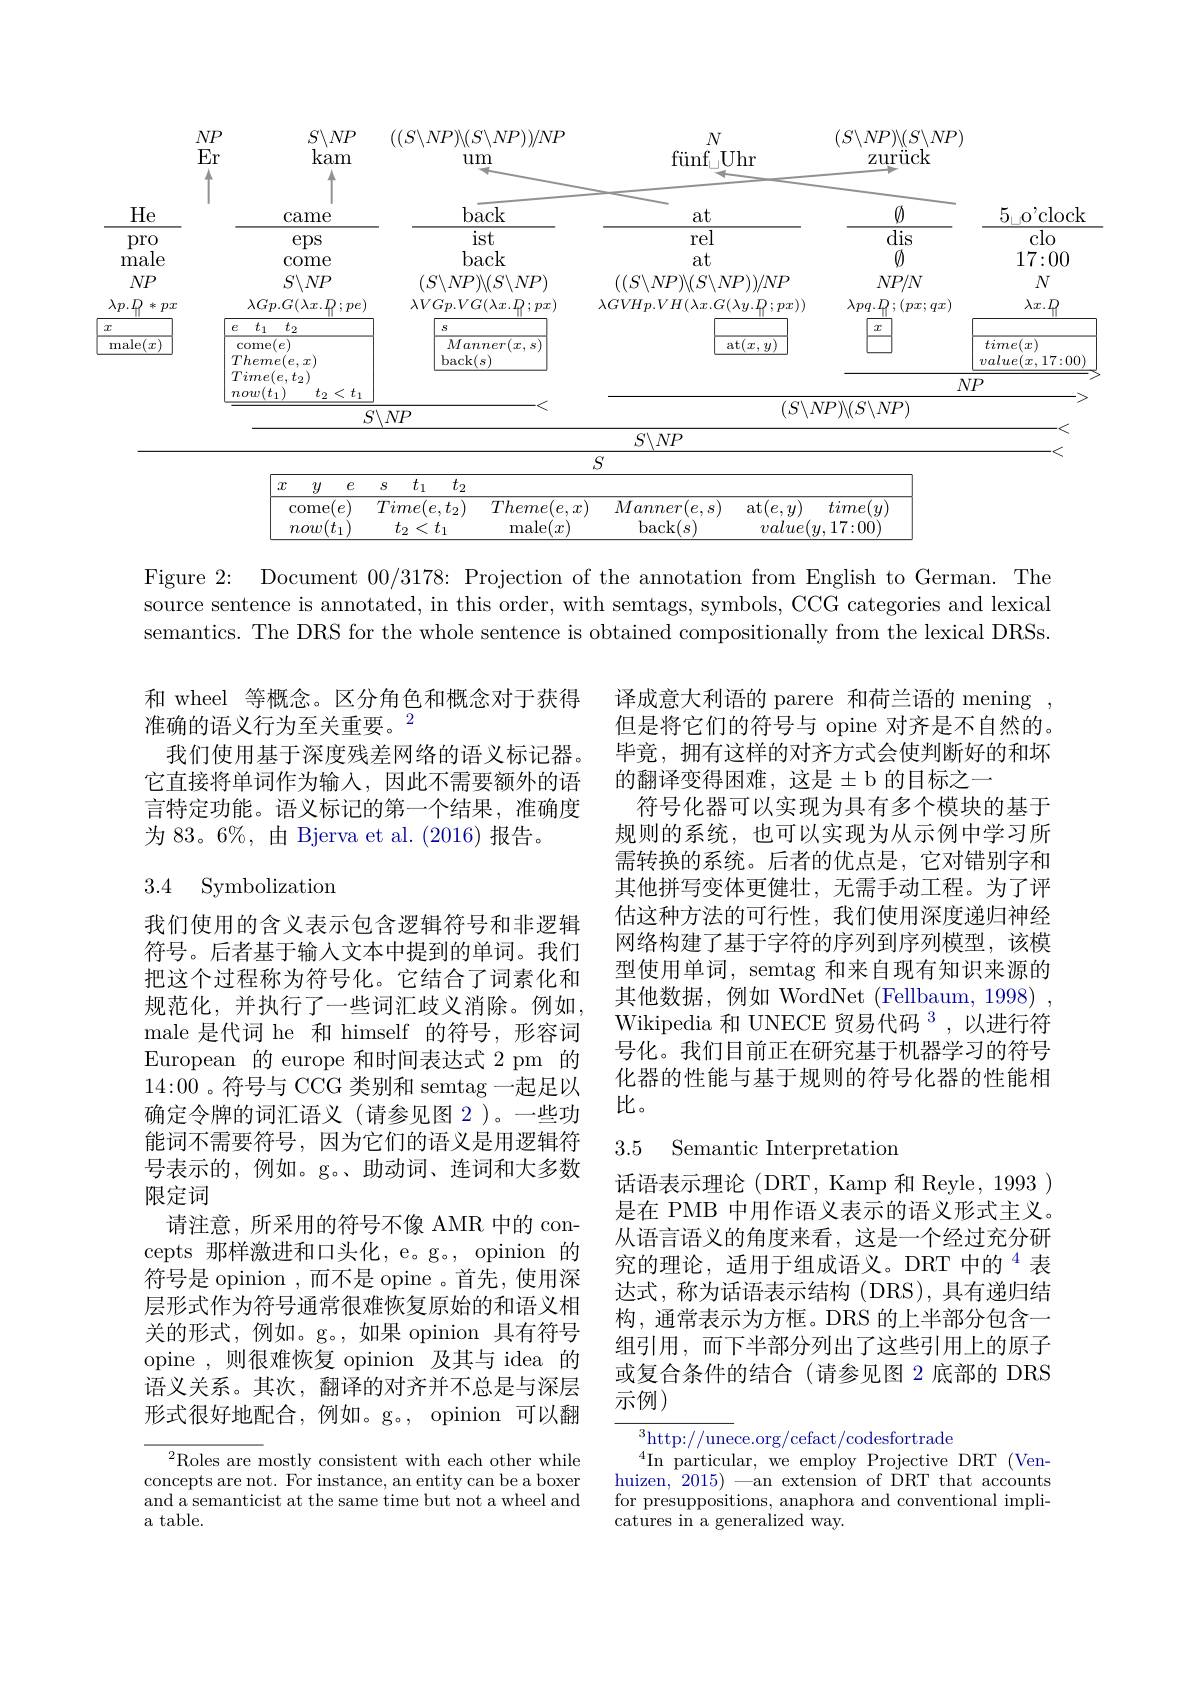
<FigureHere>

Figure 2: Document 00/3178: Projection of the annotation from English to German.The source sentence is annotated, in this order, with semtags, symbols, CCG categories and lexical semantics. The DRS for the whole sentence is obtained compositionally from the lexical DRSs.

和 wheel 等概念。区分角色和概念对于获得
准确的语义行为至关重要。$^{2}$
我们使用基于深度残差网络的语义标记器。它直接将单词作为输入，因此不需要额外的语言特定功能。语义标记的第一个结果，准确度为 83。6%, 由 Bjerva et al. (2016)报告。

## 3.4 Symbolization

译成意大利语的 parere 和荷兰语的 mening 但是将它们的符号与 opine 对齐是不自然的。毕竟，拥有这样的对齐方式会使判断好的和坏的翻译变得困难，这是$\pm$b 的目标之一
符号化器可以实现为具有多个模块的基于规则的系统，也可以实现为从示例中学习所需转换的系统。后者的优点是，它对错别字和其他拼写变体更健壮，无需手动工程。为了评估这种方法的可行性，我们使用深度递归神经网络构建了基于字符的序列到序列模型，该模型使用单词，semtag 和来自现有知识来源的其他数据，例如 WordNet (Fellbaum, 1998) , Wikipedia 和 UNECE 贸易代码 $^{3}$,以进行符号化。我们目前正在研究基于机器学习的符号化器的性能与基于规则的符号化器的性能相比。

### 3.5 Semantic Interpretatior

我们使用的含义表示包含逻辑符号和非逻辑符号。后者基于输入文本中提到的单词。我们把这个过程称为符号化。它结合了词素化和规范化，并执行了一些词汇歧义消除。例如， male 是代词 he 和 himself 的符号，形容词European 的 europe 和时间表达式 2 pm 的14{:}00 。符号与 CCG 类别和 semtag 一起足以确定令牌的词汇语义(请参见图 2)。一些功能词不需要符号，因为它们的语义是用逻辑符号表示的，例如。g。、助动词、连词和大多数限定词
请注意，所采用的符号不像 AMR 中的 concepts 那样激进和口头化，e。g。, opinion 的符号是 opinion , 而不是 opine 。首先，使用深层形式作为符号通常很难恢复原始的和语义相关的形式，例如。g。,如果 opinion 具有符号opine ,则很难恢复 opinion 及其与 idea 的语义关系。其次，翻译的对齐并不总是与深层形式很好地配合，例如。g。, opinion 可以翻

话语表示理论(DRT, Kamp 和 Reyle, 1993 ) 是在 PMB 中用作语义表示的语义形式主义。从语言语义的角度来看，这是一个经过充分研究的理论，适用于组成语义。DRT 中的$^{4}$表达式，称为话语表示结构(DRS),具有递归结构，通常表示为方框。DRS 的上半部分包含一组引用，而下半部分列出了这些引用上的原子或复合条件的结合(请参见图 2 底部的 DRS 示例)

$^3$http://unece.org/cefact/codesfortrade
$^{4}$In particular, we employ Projective DRT (Venhuizen, $2015)\longrightarrow$an extension of DRT that accounts for presuppositions, anaphora and conventional impli- $\bar{\text{catures in a generalized way.}}$

$^{2}$Roles are mostly consistent with each other while concepts are not. For instance, an entity can be a boxer and a semanticist at the same time but not a wheel and a table.